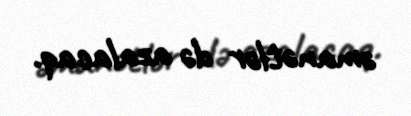
əmanətlər də azalacaq.